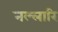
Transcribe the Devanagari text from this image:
नल्लारि